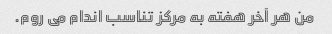
من هر آخر هفته به مرکز تناسب اندام می روم.